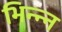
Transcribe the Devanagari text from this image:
भिन्न्न